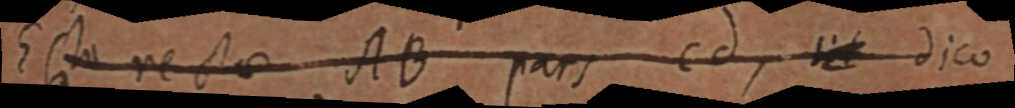
Esta recta AB pars cd, sit dico